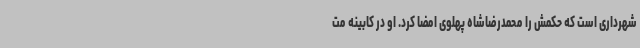
شهرداری است که حکمش را محمدرضاشاه پهلوی امضا کرد. او در کابینه مت